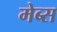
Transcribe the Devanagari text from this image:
मेब्स